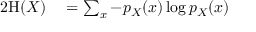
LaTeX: \begin{array} { r l } { { 2 } \mathrm { H } ( X ) } & { { } = \sum _ { x } { - p _ { X } { \left( x \right) } \log { p _ { X } { \left( x \right) } } } } \end{array}